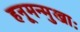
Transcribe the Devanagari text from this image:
हनूमन्मुखाः